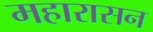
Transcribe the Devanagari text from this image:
महारासन